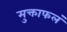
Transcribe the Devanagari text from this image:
मुक्ताफलं